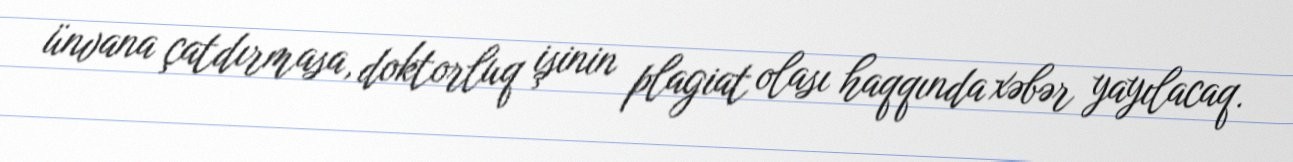
ünvana çatdırmasa, doktorluq işinin plagiat olası haqqında xəbər yayılacaq.